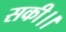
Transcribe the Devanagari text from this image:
सकी।।